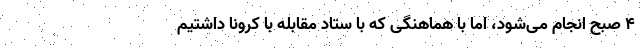
۴ صبح انجام می‌شود، اما با هماهنگی که با ستاد مقابله با کرونا داشتیم